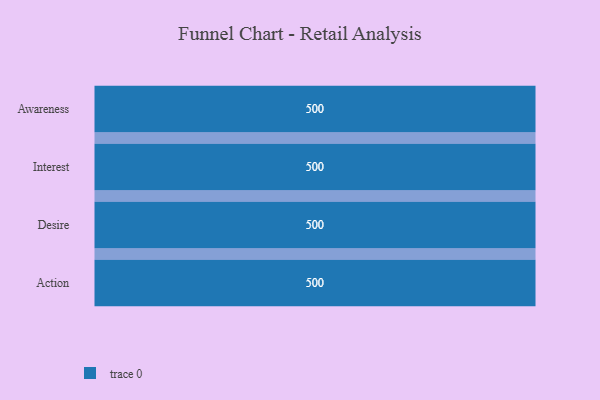
{"axis": {"x": "Stage", "y": "Value"}, "legend": [""], "data": [{"x": "Awareness", "y": 500, "type": ""}, {"x": "Interest", "y": 500, "type": ""}, {"x": "Desire", "y": 500, "type": ""}, {"x": "Action", "y": 500, "type": ""}]}